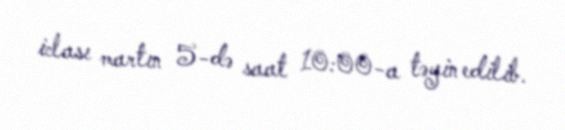
iclası martın 5-də saat 10:00-a təyin edilib.